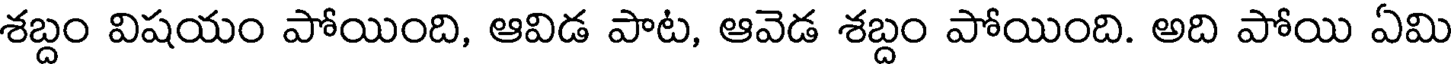
శబ్దం విషయం పోయింది, ఆవిడ పాట, ఆవెడ శబ్దం పోయింది. అది పోయి ఏమి